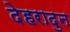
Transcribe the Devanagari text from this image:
देहरादुन